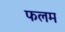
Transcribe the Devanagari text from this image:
फलम